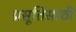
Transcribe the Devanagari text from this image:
प्रसूतिसाठी